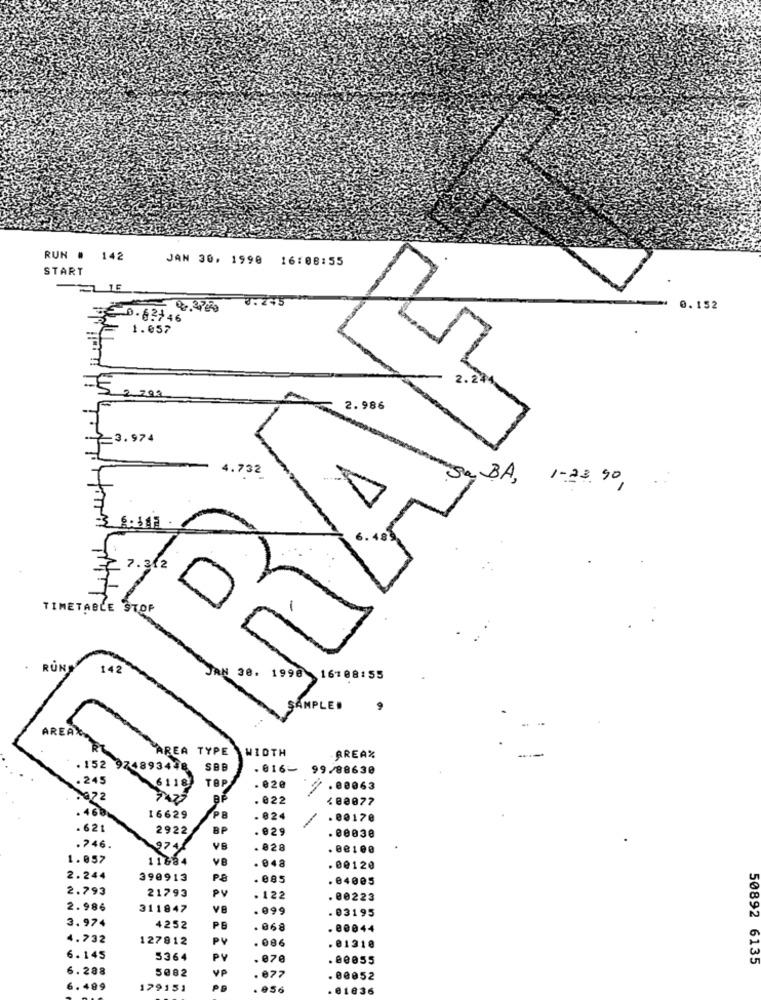
RUN # 142
JAN 30. 1998 16:08:55
START
0.245
= 0.37 €20
0.152
02-0.62146
1.057
-5
2 293
2.986
=3.974
4.732
Sa BA, 1-23, 90,
7.312
TIMETABLE
RUN
142
JAN 38, 1998
16108:55
SAMPLE!
9
AREA TYPE
WIDTH
AREA%
. 152
974893448 SBB
.016- 99/88630
.245
6118
TAP
. 020
. 00063
72
2427
BP
. 022
400077
16629
PB
. 02
.00170
. 621
2922
BP
. 029
.00030
.746.
974
VB
. 828
. 00100
1.057
11684
VB
.048
.00120
2.244
390913
P.S
. 085
. 04005
2.793
PV
21793
.122
. 00223
2.986
311847
VA
.099
.03195
3.974
PB
4252
.068
00044
4.732
127812
PV
.086
@131
6.145
5364
PV
.070
00055
50892 6135
6.288
5082
VP
. 077
. 08052
6.489
179151
. 856
. 01836